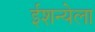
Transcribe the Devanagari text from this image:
ईशन्येला